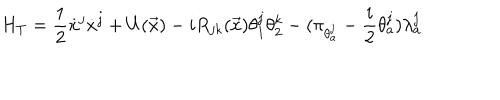
LaTeX: H _ { T } = \displaystyle \frac { 1 } { 2 } \dot { x } ^ { j } \dot { x } ^ { j } + U ( \vec { x } ) - i R _ { j k } ( \vec { x } ) \theta _ { 1 } ^ { j } \theta _ { 2 } ^ { k } - ( \pi _ { \theta _ { a } ^ { j } } - \displaystyle \frac { i } { 2 } \theta _ { a } ^ { j } ) \lambda _ { a } ^ { j }